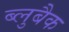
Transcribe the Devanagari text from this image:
ब्लुबैक